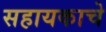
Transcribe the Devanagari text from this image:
सहायकाचे